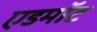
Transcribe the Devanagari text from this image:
एडमॉट